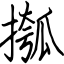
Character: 摦